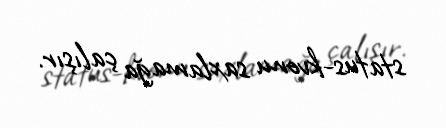
status-kvonu saxlamağa çalışır.